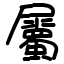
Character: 屬